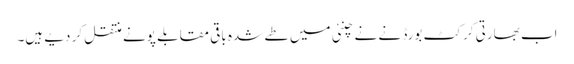
اب بھارتی کرکٹ بورڈ نے نے چنئی میں طے شدہ باقی مقابلے پونے منتقل کر دیے ہیں۔